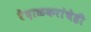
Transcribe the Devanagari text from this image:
रेंदाळकरांचेही